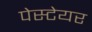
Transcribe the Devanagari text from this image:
पेस्टेयर